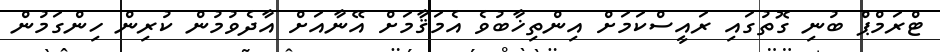
ޓްރަމްޕް ބުނި ގޮތުގައި ރައީސްކަމަށް އިންތިޚާބުވެ އެމަޤާމަށް އޭނާއަށް އާދެވުމުން ކުރިން ހިންގަމުން